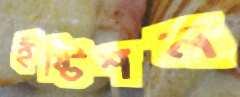
ইষ্টিশন